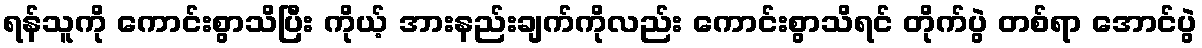
ရန်သူကို ကောင်းစွာသိပြီး ကိုယ့် အားနည်းချက်ကိုလည်း ကောင်းစွာသိရင် တိုက်ပွဲ တစ်ရာ အောင်ပွဲ